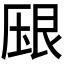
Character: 𰆠